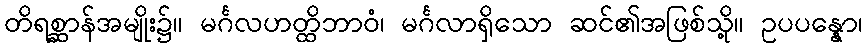
တိရစ္ဆာန်အမျိုး၌။ မင်္ဂလဟတ္ထိဘာဝံ၊ မင်္ဂလာရှိသော ဆင်၏အဖြစ်သို့။ ဥပပန္နော၊